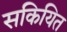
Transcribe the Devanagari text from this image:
सकियित